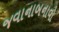
જવાનાબનાવો